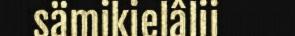
sämikielâlii